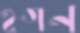
হগন